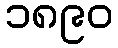
၁၈၉၀